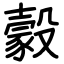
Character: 豰